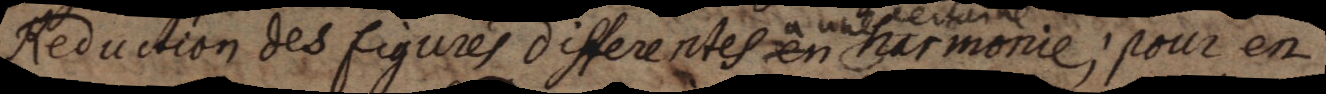
Reduction des figures differentes en a une harmonie; pour en